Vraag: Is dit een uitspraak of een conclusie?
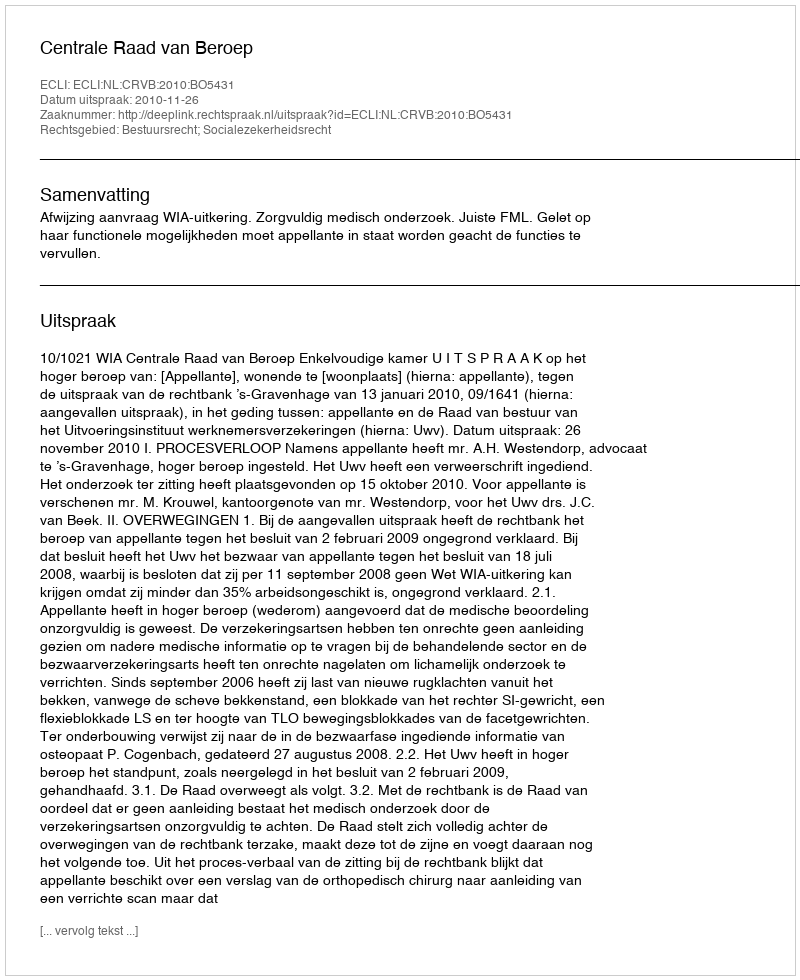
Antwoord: Uitspraak